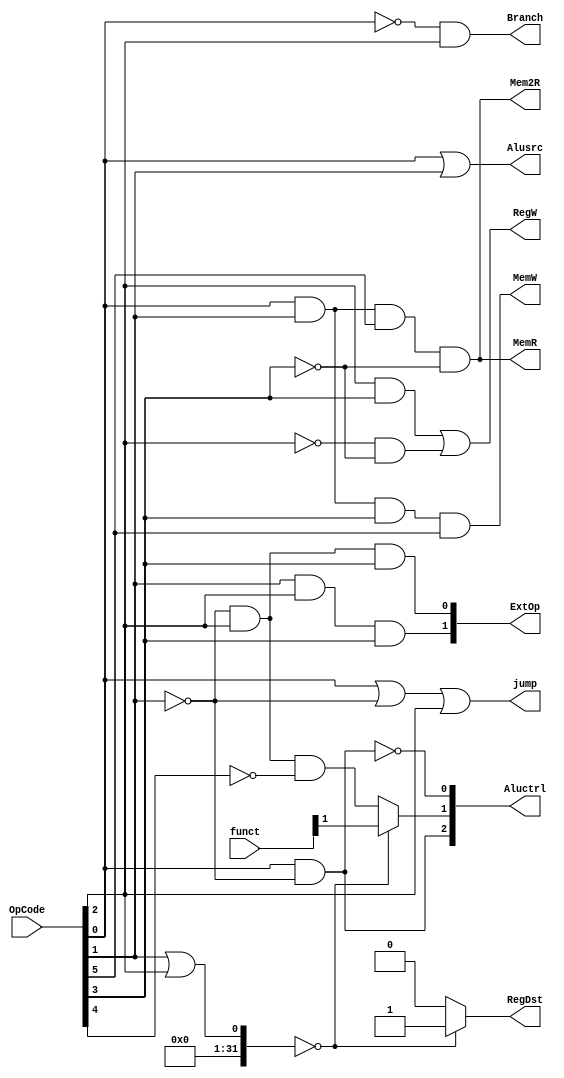
module Ctrl(jump,RegDst,Branch,MemR,Mem2R,MemW,RegW,Alusrc,ExtOp,Aluctrl,OpCode,funct);
	
	input [5:0]		OpCode;			//
	input [5:0]		funct;			//

	output			jump;			//
	output reg		RegDst;			//
	output			Branch;			//
	output			MemR;			//
	output			Mem2R;			//
	output			MemW;			//
	output			RegW;			//
	output			Alusrc;			//
	output reg[1:0]	ExtOp;			///
	output reg[2:0]	Aluctrl;		//Alu
	
	
	assign jump = OpCode[0]||!OpCode[1]||OpCode[2];
	assign Branch = !OpCode[0]&&OpCode[2];
	assign MemR = (OpCode[0]&&OpCode[1]&&OpCode[5])&&(!OpCode[3]);
	assign Mem2R = MemR;
	assign MemW = OpCode[0]&&OpCode[1]&&OpCode[3]&&OpCode[5];
	assign RegW = (OpCode[2]&&OpCode[3])||(!OpCode[2]&&!OpCode[3]);
	assign Alusrc = OpCode[0]||OpCode[1];
	
	always@(OpCode or funct) begin
		ExtOp[0] = !OpCode[1]&&OpCode[2]&&OpCode[3];
		ExtOp[1] = OpCode[1]&&OpCode[2]&&OpCode[3];
		Aluctrl[0] = !(OpCode[0]&&!OpCode[1]);
		Aluctrl[2] = OpCode[0]&&!OpCode[1];
		if((OpCode[1]||OpCode[2]) == 0)
			begin
				RegDst = 1;
				Aluctrl[1] = funct[1];
			end
		else
			begin
				RegDst = 0;
				Aluctrl[1] = !OpCode[1]&&OpCode[2]&&!OpCode[4];
			end
	end

endmodule